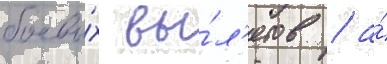
боевы́х вы́л'етов / а́